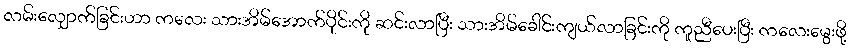
လမ်းလျှောက်ခြင်းဟာ ကလေး သားအိမ်အောက်ပိုင်းကို ဆင်းလာပြီး သားအိမ်ခေါင်းကျယ်လာခြင်းကို ကူညီပေးပြီး ကလေးမွေးဖို့